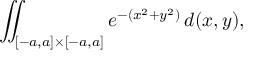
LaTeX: \iint _ { [ - a , a ] \times [ - a , a ] } e ^ { - ( x ^ { 2 } + y ^ { 2 } ) } \, d ( x , y ) ,